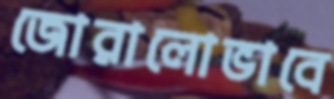
জোরালোভাবে